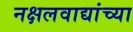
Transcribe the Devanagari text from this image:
नक्षलवाद्यांच्या